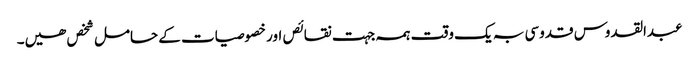
عبدالقدوس قدوسی بہ یک وقت ہمہ جہت نقائص اور خصوصیات کے حامل شخص ھیں۔